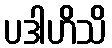
ပဒါဟိသိ